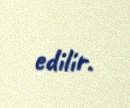
edilir.